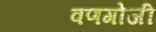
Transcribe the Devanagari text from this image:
वणगोजी